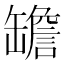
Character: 𦉜